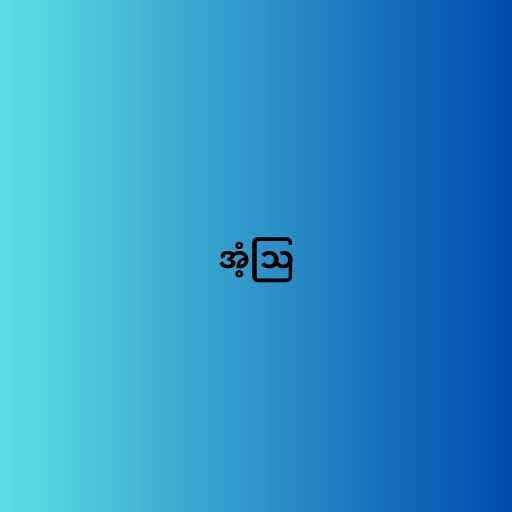
အံ့ဩ